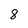
Character: 8